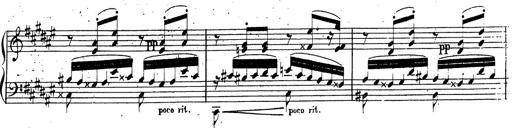
Title: Canzone Napolitana
Composer: Franz Liszt